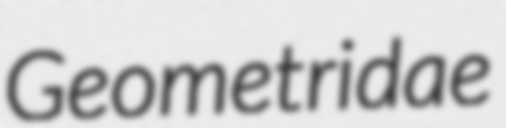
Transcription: Geometridae